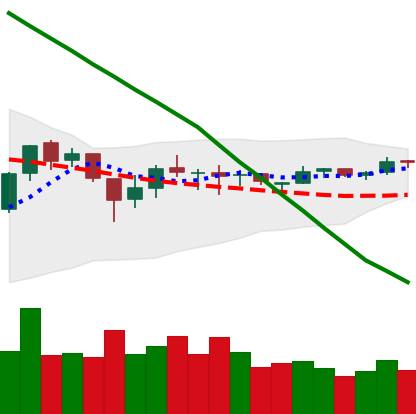
Ticker: EOS-USD
Chart end date: 2018-10-09
Forward return: -12.564%
Label: down_7plus